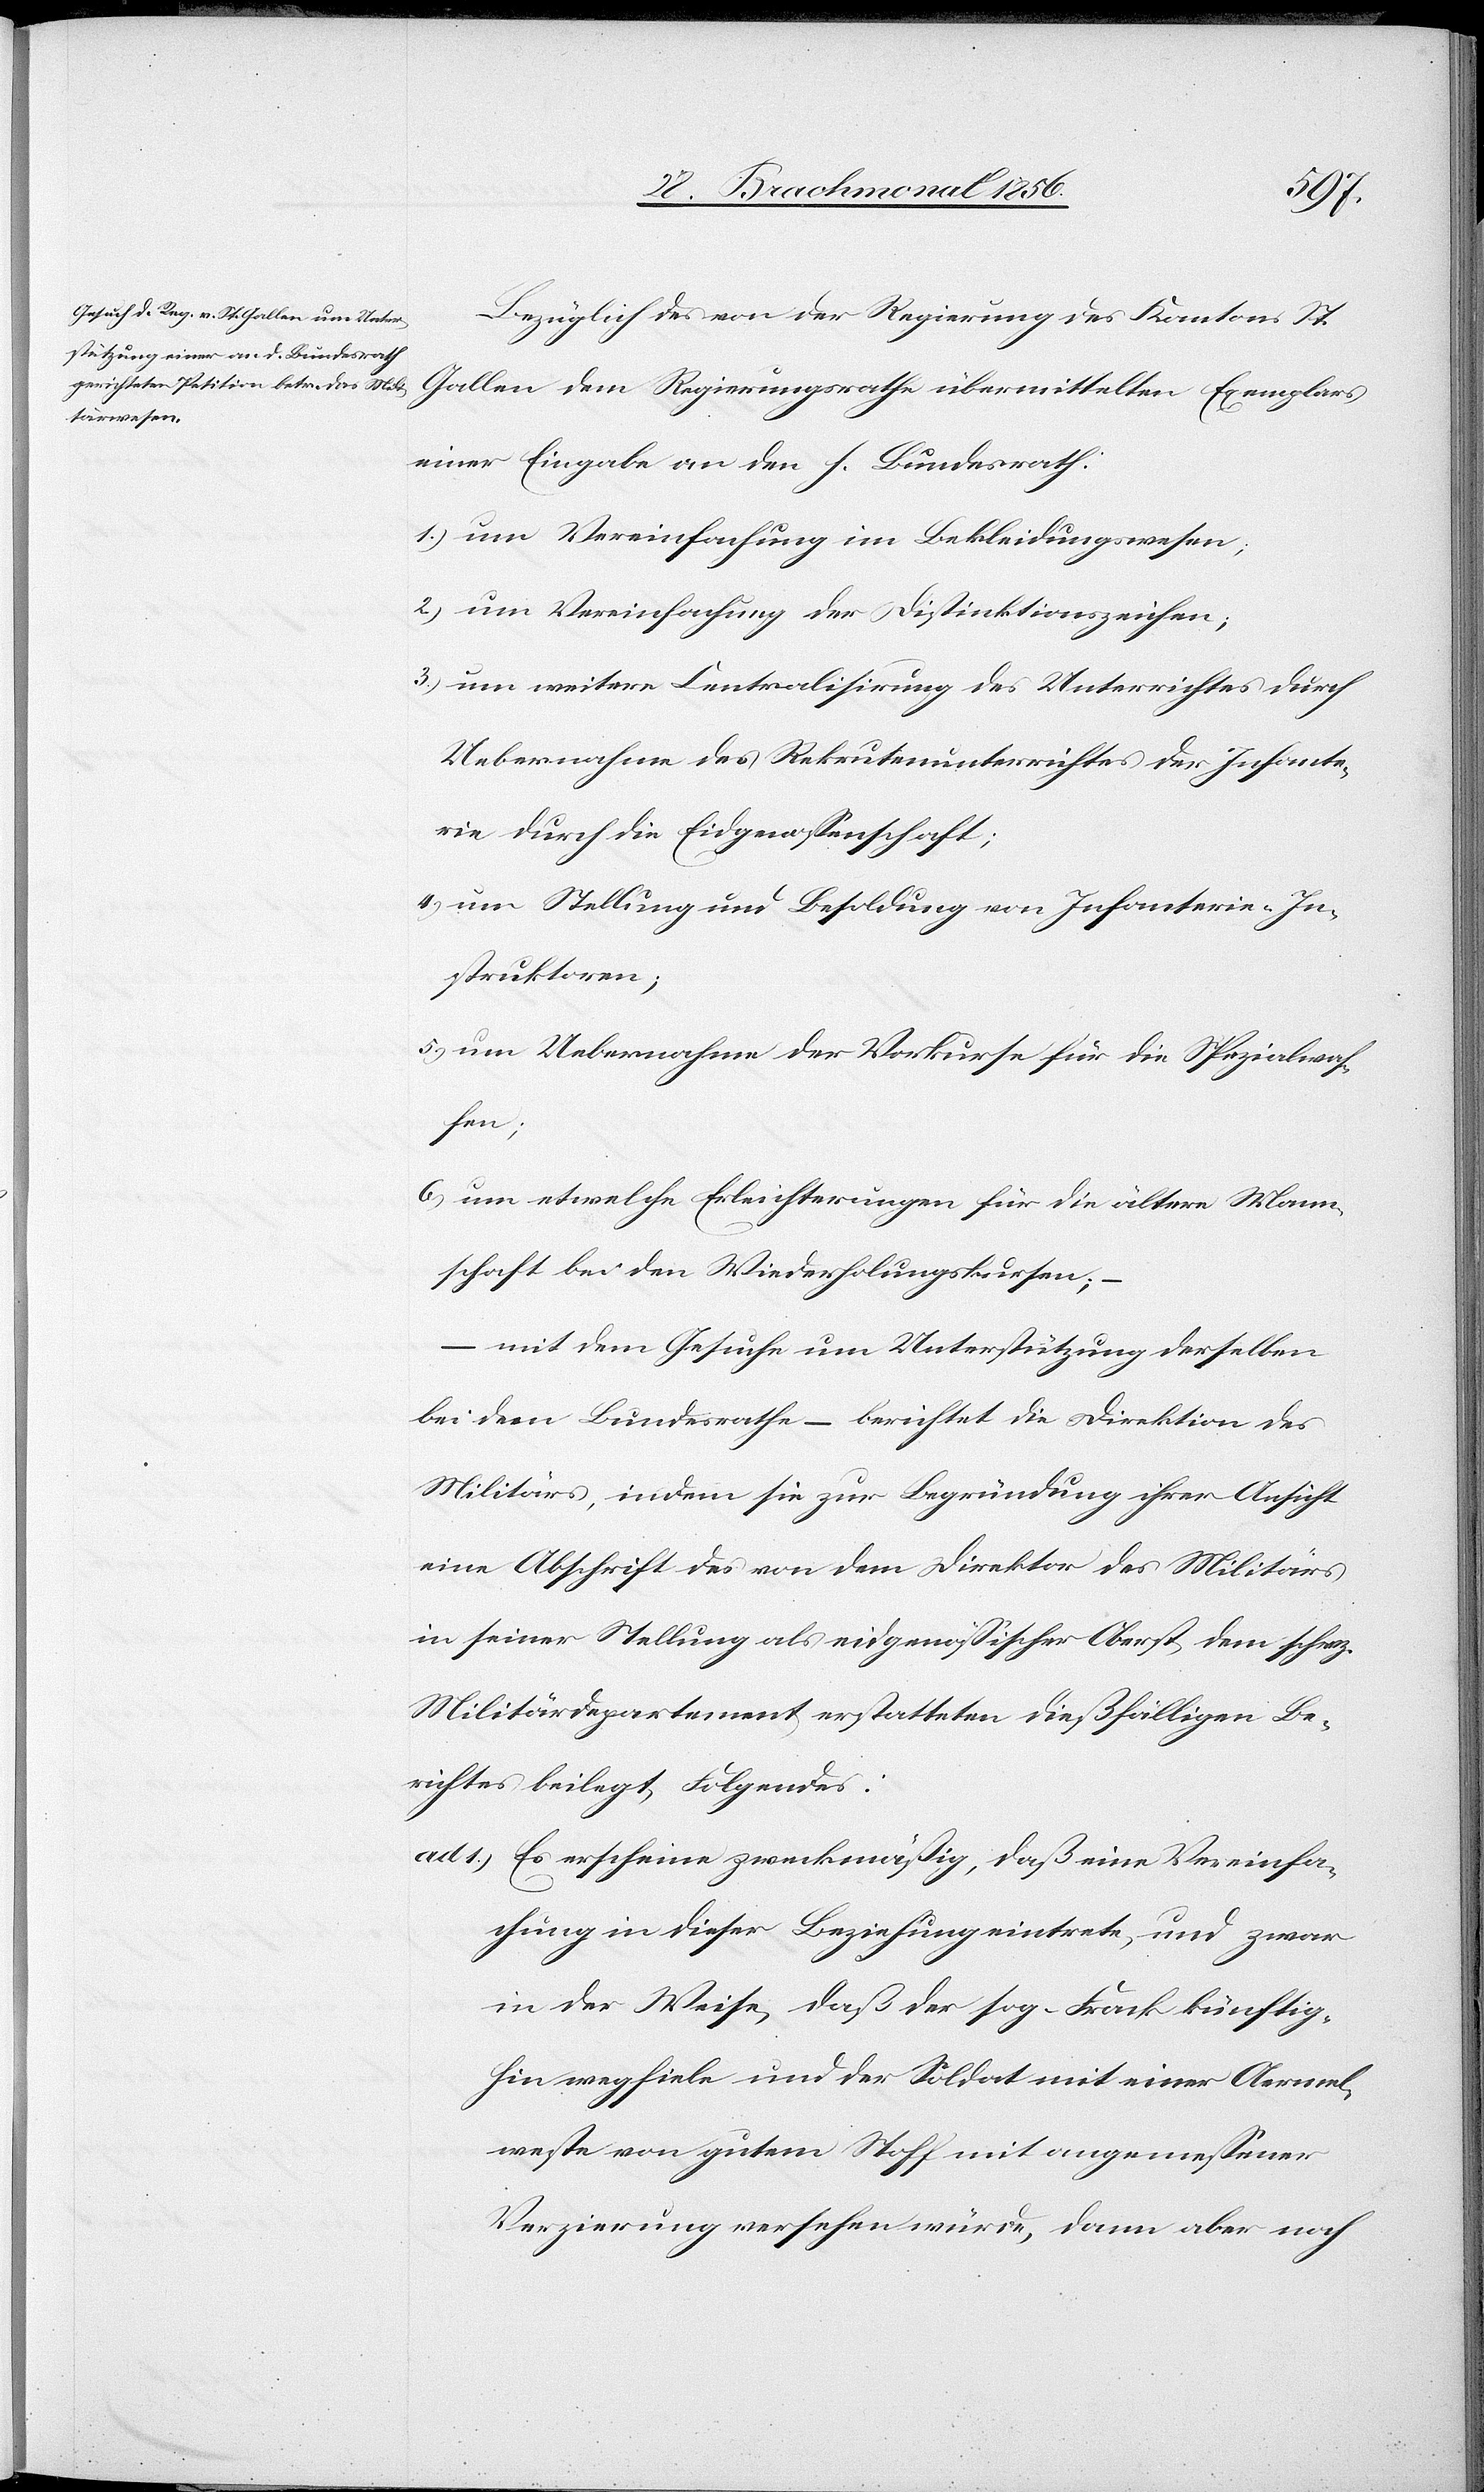
Bezüglich des von der Regierung des Kantons St.
Gallen dem Regierungsrathe übermittelten Exemplars
einer Eingabe an den h. Bundesrath:
1.) um Vereinfachung im Bekleidungswesen;
2.) um Vereinfachung der Distinktionszeichen;
3.) um weitere Centralisirung des Unterrichtes durch
Uebernahme des Rekrutenunterrichtes der Infante¬
rie durch die Eidgenossenschaft;
4.) um Stellung und Besoldung von Infanterie-In¬
struktoren;
5.) um Uebernahme der Vorkurse für die Spezialwaf¬
fen;
6.) um etwelche Erleichterungen für die ältere Mann¬
schaft bei den Wiederholungskursen; –
– mit dem Gesuche um Unterstützung derselben
bei dem Bundesrathe – berichtet die Direktion des
Militärs, indem sie zur Begründung ihrer Ansicht
eine Abschrift des von dem Direktor des Militärs
in seiner Stellung als eidgenössischer Oberst dem schwz.
Militärdepartement erstatteten dießfälligen Be¬
richtes beilegt, Folgendes:
ad 1.) Es erscheine zweckmäßig, daß eine Vereinfa¬
chung in dieser Beziehung eintrete, und zwar
in der Weise, daß der sog. Frack künftig¬
hin wegfiele und der Soldat mit einer Aermel¬
weste von gutem Stoff mit angemessener
Verzierung versehen würde, dann aber noch